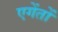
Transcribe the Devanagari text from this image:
एगेंतों